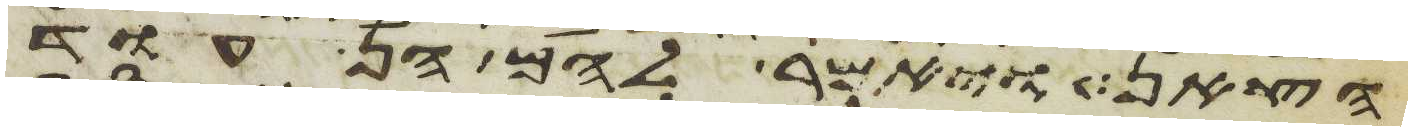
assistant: הצאן ויאמר להם הן עוד